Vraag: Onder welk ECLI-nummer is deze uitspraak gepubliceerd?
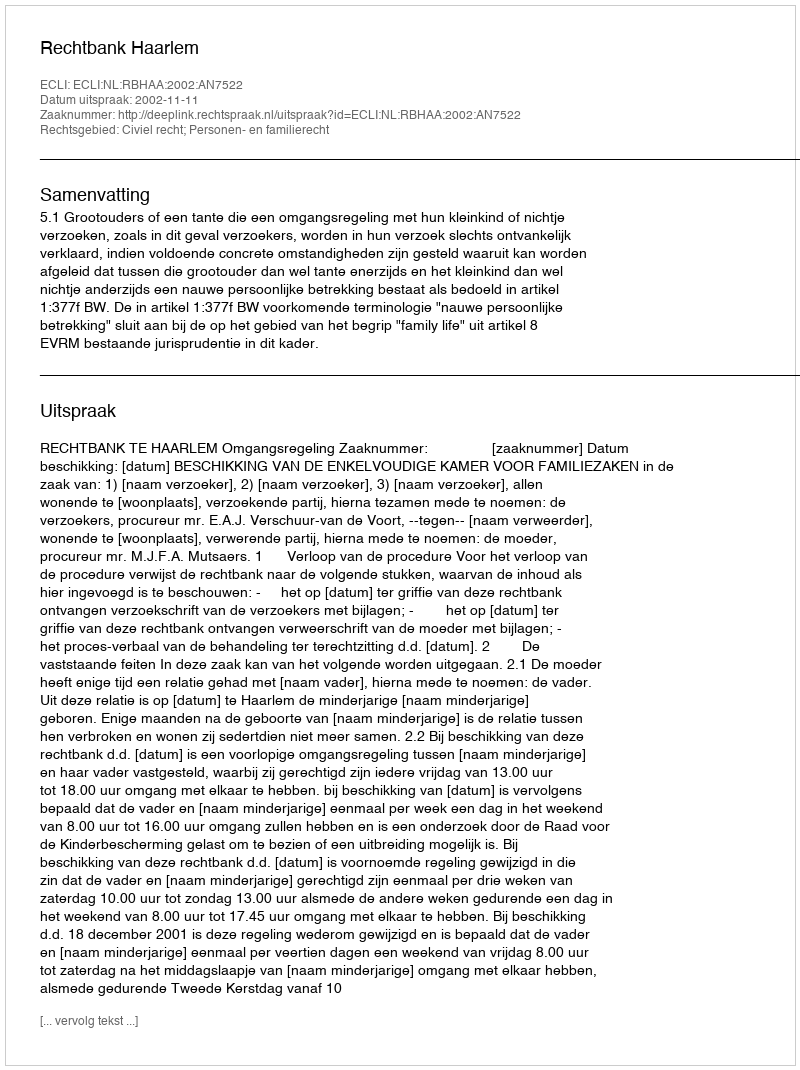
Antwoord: ECLI:NL:RBHAA:2002:AN7522